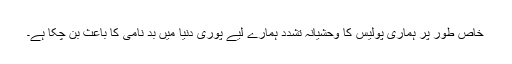
خاص طور پر ہماری پولیس کا وحشیانہ تشدد ہمارے لیے پوری دنیا میں بد نامی کا باعث بن چکا ہے۔